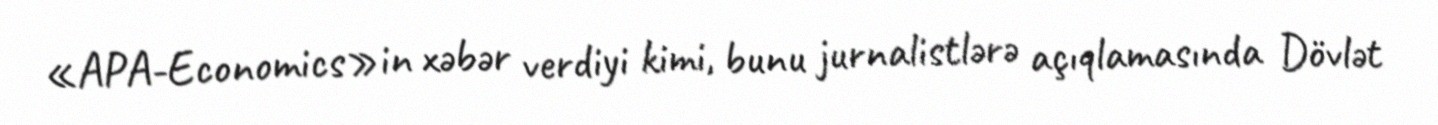
«APA-Economics»in xəbər verdiyi kimi, bunu jurnalistlərə açıqlamasında Dövlət